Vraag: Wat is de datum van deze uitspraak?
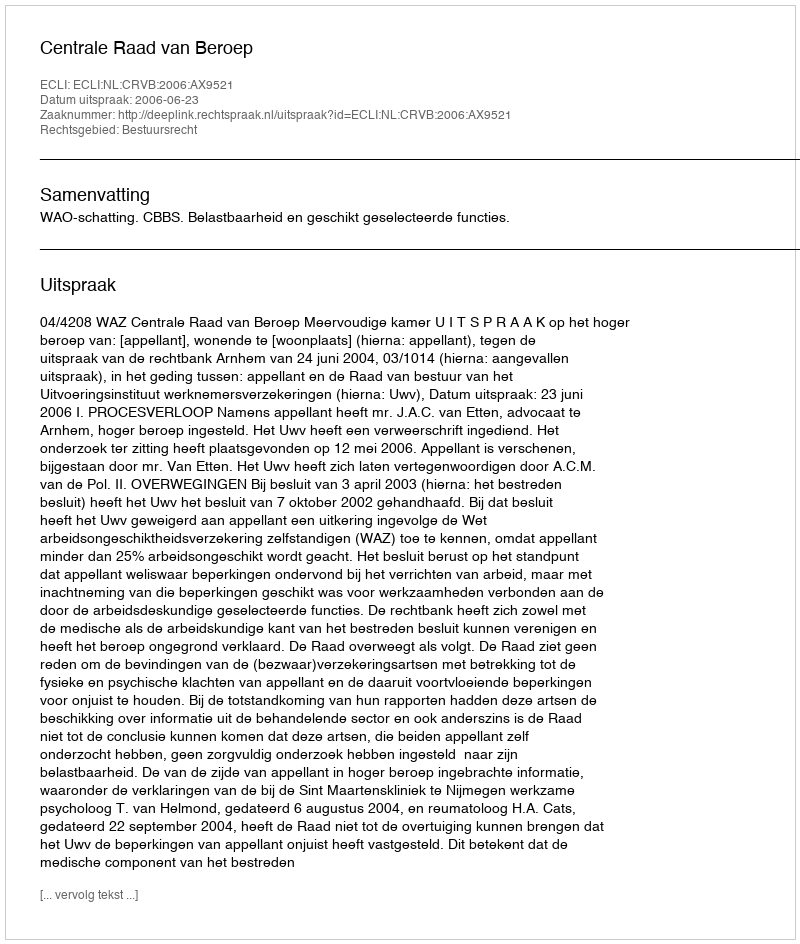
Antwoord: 2006-06-23